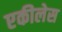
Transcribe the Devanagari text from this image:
एकीलेस